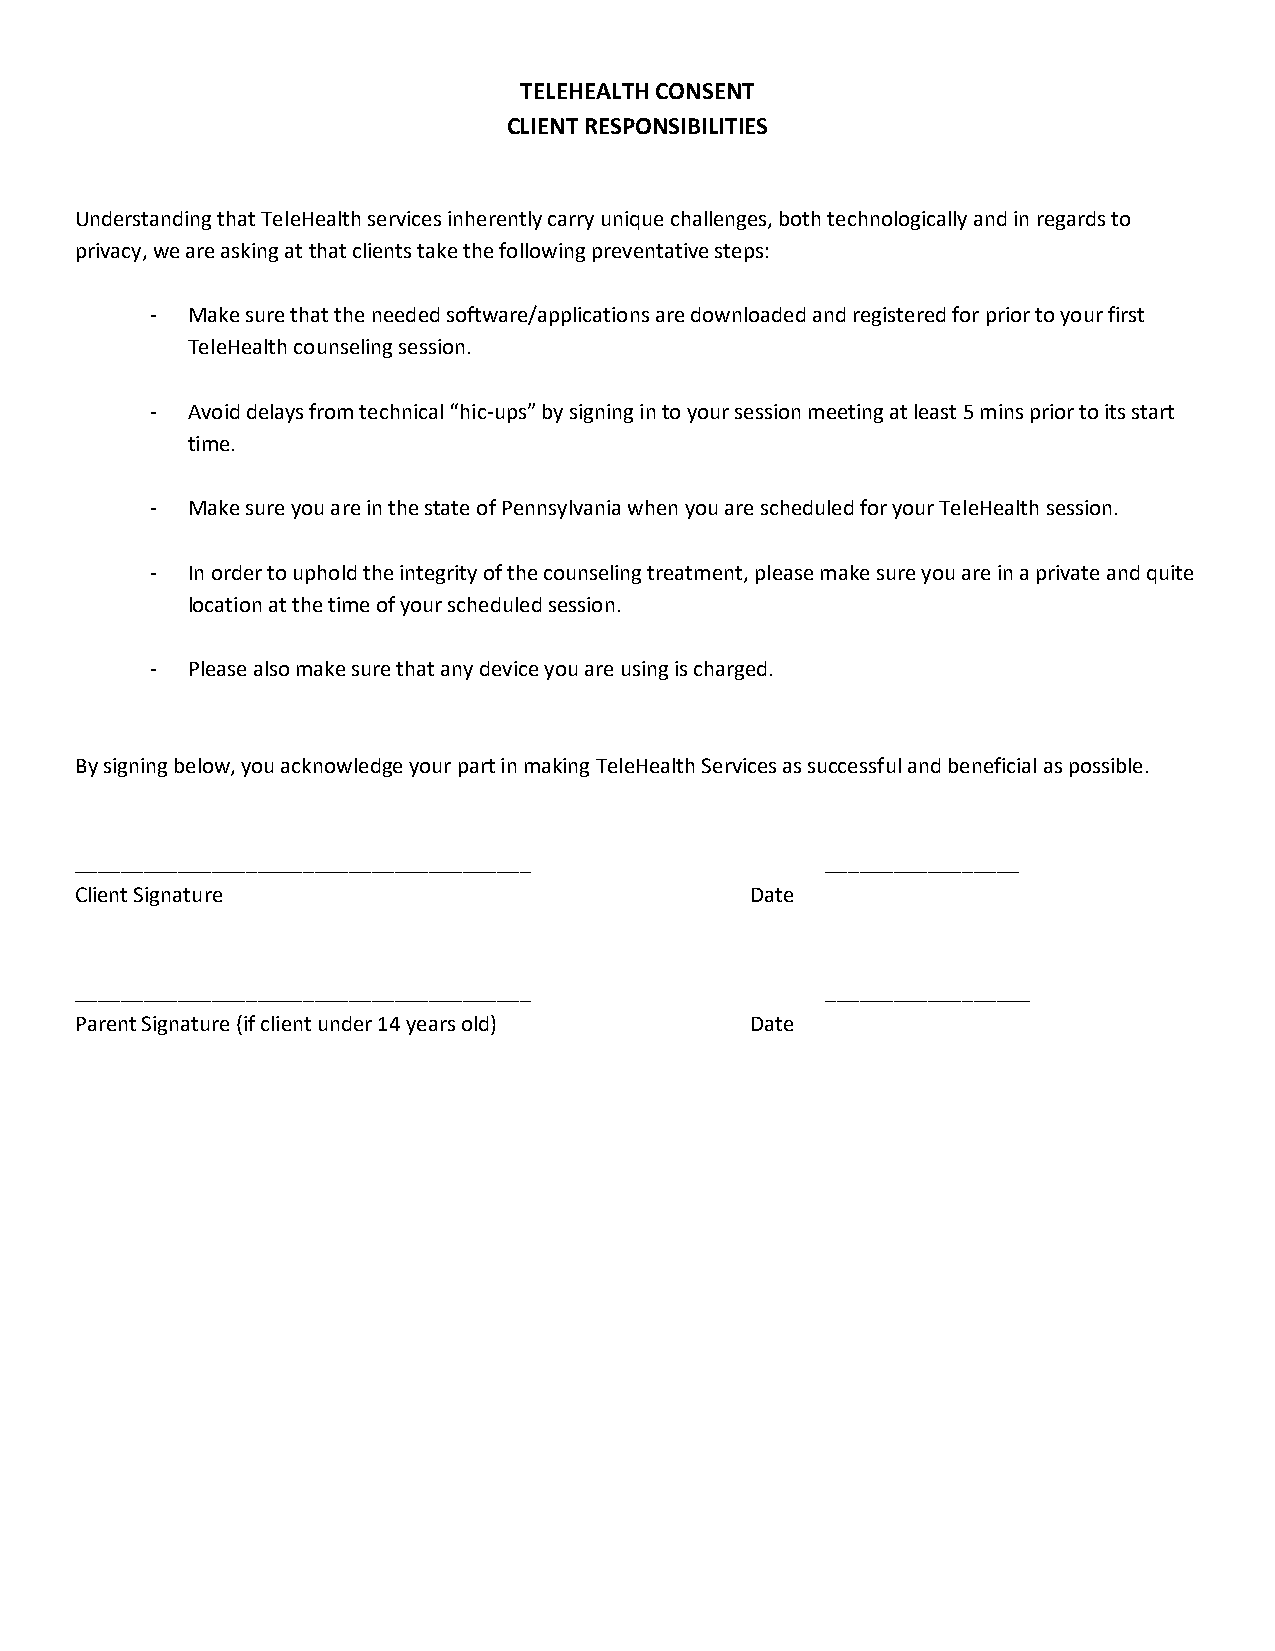
TELEHEALTH CONSENT
 CLIENT RESPONSIBILITIES
 Understanding that TeleHealth services inherently carry unique challenges, both technologically and in regards to
 privacy, we are asking at that clients take the following preventative steps:
 - Make sure that the needed software/applications are downloaded and registered for prior to your first
 TeleHealth counseling session.
 - Avoid delays from technical “hic-ups” by signing in to your session meeting at least 5 mins prior to its start
 time.
 - Make sure you are in the state of Pennsylvania when you are scheduled for your TeleHealth session.
 - In order to uphold the integrity of the counseling treatment, please make sure you are in a private and quite
 location at the time of your scheduled session.
 - Please also make sure that any device you are using is charged.
 By signing below, you acknowledge your part in making TeleHealth Services as successful and beneficial as possible.
 ________________________________________          _________________
 Client Signature                             Date
 ________________________________________          __________________
 Parent Signature (if client under 14 years old) Date